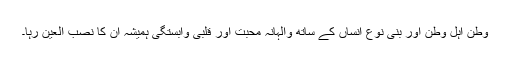
وطن اہل وطن اور بنی نوع انساں کے ساتھ والہانہ محبت اور قلبی وابستگی ہمیشہ ان کا نصب العین رہا۔